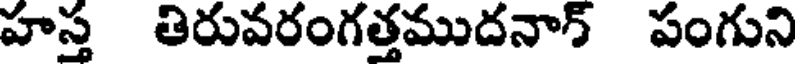
హస్త తిరువరంగత్తముదనాన్ పంగుని